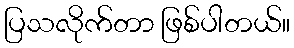
ပြသလိုက်တာ ဖြစ်ပါတယ်။